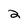
Character: 2